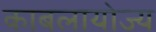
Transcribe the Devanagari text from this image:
काबलायोज्य